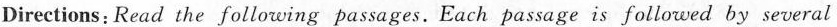
Directions: Read the following passages.Each passage is followed by several